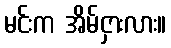
မင်းက အိမ်ငှားလား။